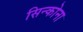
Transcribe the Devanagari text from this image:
सिन्कोना